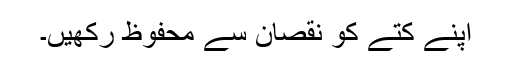
اپنے کتے کو نقصان سے محفوظ رکھیں۔